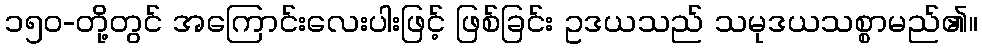
၁၅၀-တို့တွင် အကြောင်းလေးပါးဖြင့် ဖြစ်ခြင်း ဥဒယသည် သမုဒယသစ္စာမည်၏။